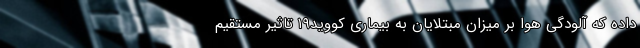
داده که آلودگی هوا بر میزان مبتلایان به بیماری کووید۱۹ تاثیر مستقیم